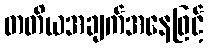
တတိယအချက်အနေဖြင့်